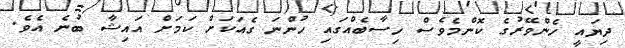
ދިޔައީ ހެންވޭރުގެ ކޮންމެވެސް ހިސާބެއްގައި ހުންނަ ގެއަކަށް ކަމަށް އައިޝާ ބުނެ އެވެ.